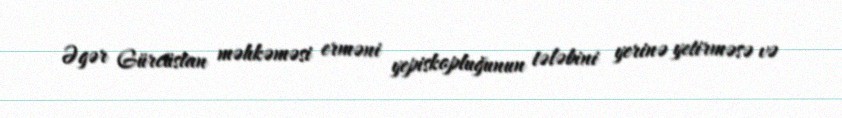
Əgər Gürcüstan məhkəməsi erməni yepiskopluğunun tələbini yerinə yetirməsə və